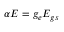
\alpha E = g _ { e } E _ { g s }